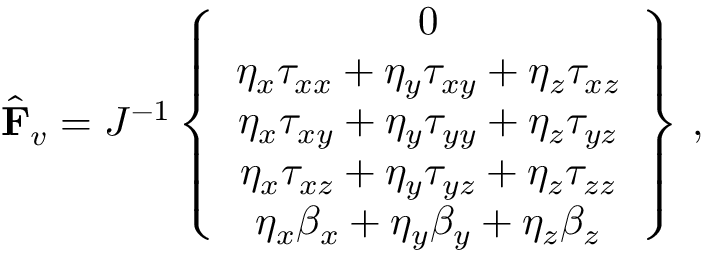
\hat { \mathbf { F } } _ { v } = J ^ { - 1 } \left\{ \begin{array} { c } { 0 } \\ { \eta _ { x } { \tau } _ { x x } + \eta _ { y } { \tau } _ { x y } + \eta _ { z } { \tau } _ { x z } } \\ { \eta _ { x } { \tau } _ { x y } + \eta _ { y } { \tau } _ { y y } + \eta _ { z } { \tau } _ { y z } } \\ { \eta _ { x } { \tau } _ { x z } + \eta _ { y } { \tau } _ { y z } + \eta _ { z } { \tau } _ { z z } } \\ { \eta _ { x } { \beta } _ { x } + \eta _ { y } { \beta } _ { y } + \eta _ { z } { \beta } _ { z } } \end{array} \right\} \, \mathrm { , }